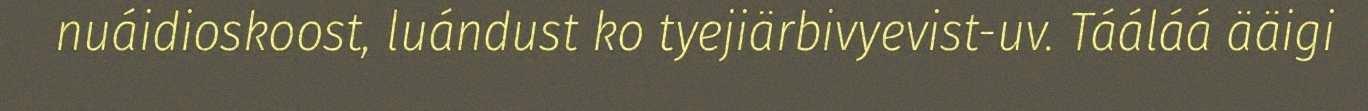
nuáidioskoost, luándust ko tyejiärbivyevist-uv. Tááláá ääigi